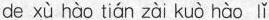
de xù hào tián zài kuò hào lǐ